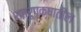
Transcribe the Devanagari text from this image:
शत्रुपक्षातील